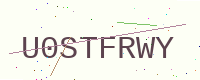
Text: U0STFRWY